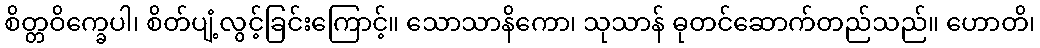
စိတ္တဝိက္ခေပါ၊ စိတ်ပျံ့လွင့်ခြင်းကြောင့်။ သောသာနိကော၊ သုသာန် ဓုတင်ဆောက်တည်သည်။ ဟောတိ၊